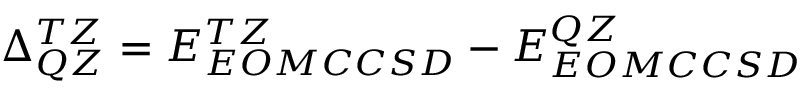
\Delta _ { Q Z } ^ { T Z } = E _ { E O M C C S D } ^ { T Z } - E _ { E O M C C S D } ^ { Q Z }